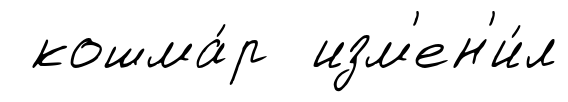
кошма́р изм'ен'и́л